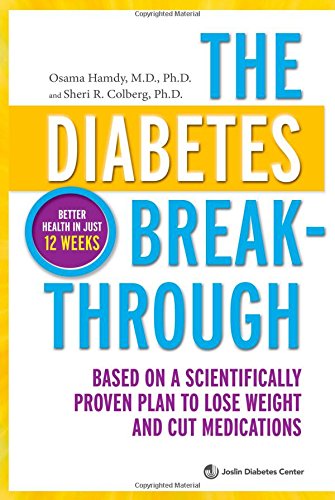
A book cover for The Diabetes Breakthrough: Based on a Scientifically Proven Plan to Lose Weight and Cut Medications; Osama Hamdy; Health, Fitness & Dieting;